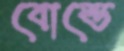
বোল্ডে